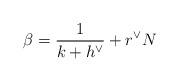
LaTeX: \begin{align*}\beta= \frac{1}{k+h^\vee} +r^\vee N\end{align*}